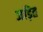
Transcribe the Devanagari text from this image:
जड़ित